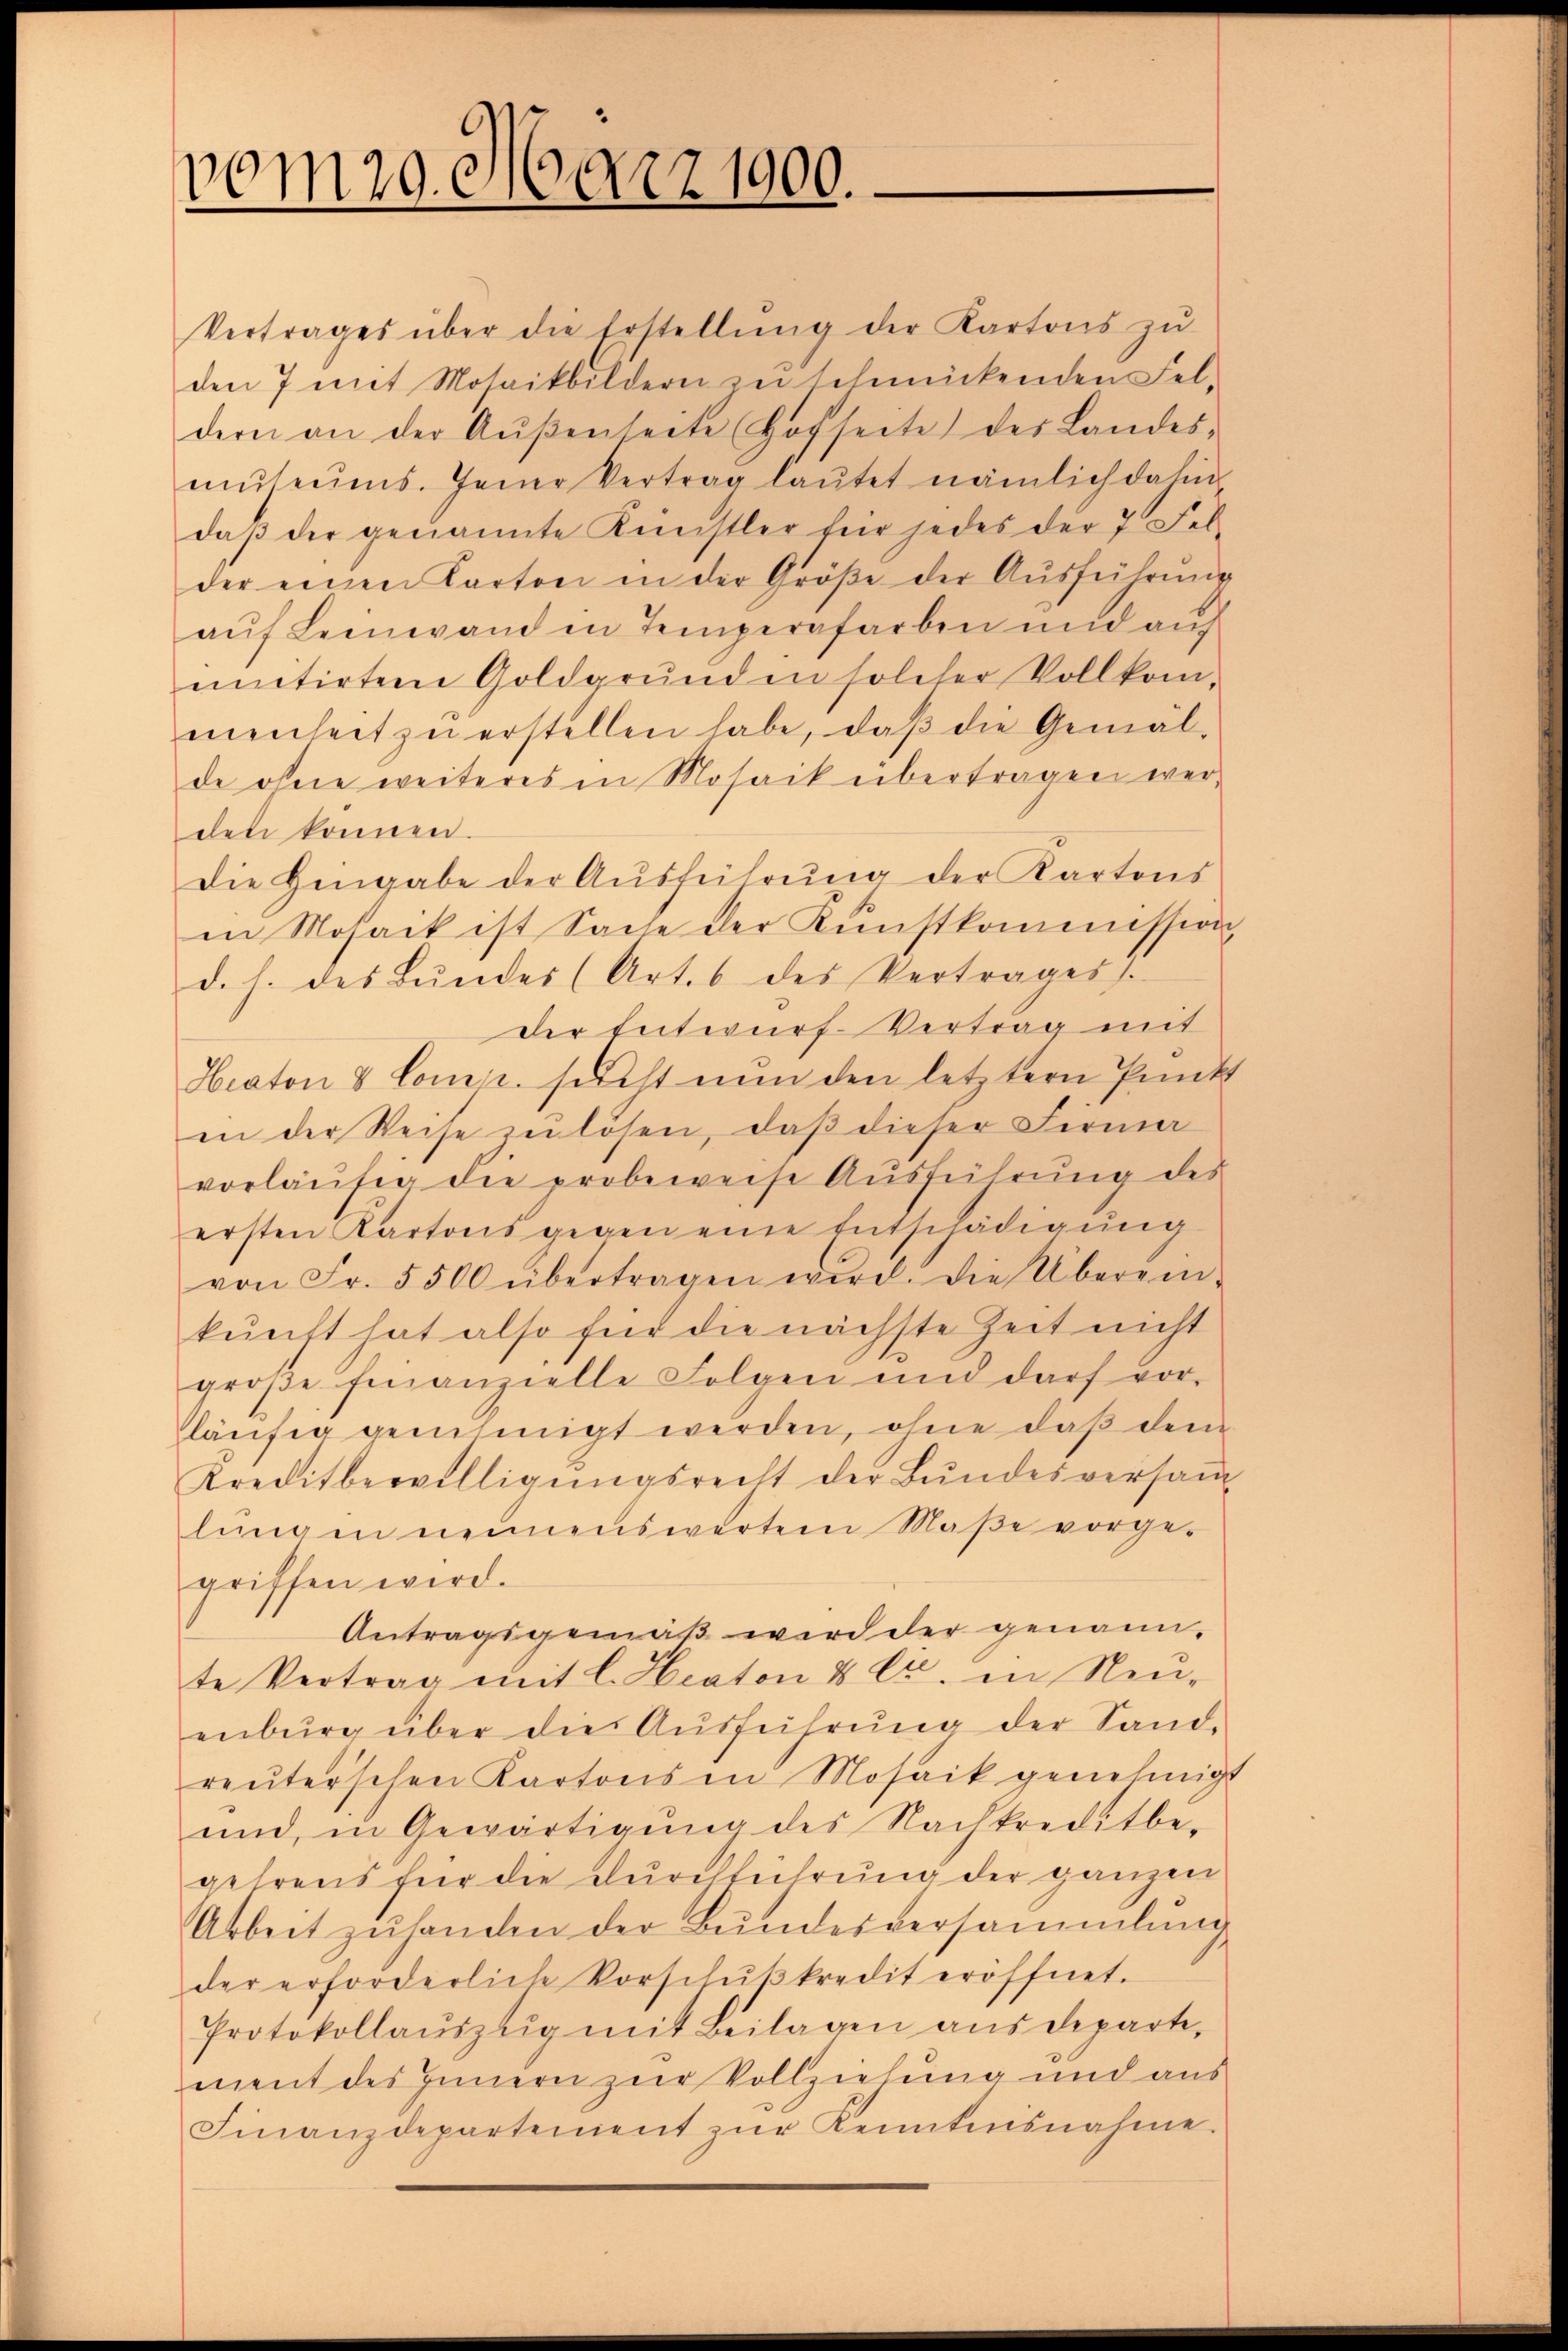
vom 20. März 1900.

Vertrages über die Erstellŭng der Kartons zŭ
den 7 mit Mosaikbildern zu schmückenden Fel-
dern an der Aŭβenseite (Hofseite des Landes-
mŭseŭms. Jener Vertrag laŭtet nämlich dahin
daβ der genannte Künstler für jedes der 7 Fel-
der einen Karton in der Größe der Aŭsführŭng
aŭf Leinwand in Temperafarben und auf
initirten Goldgrŭnden solcher Vollkom-
menheit zŭ erstellen habe, daβ die Gemäl-
de ohne weiteres in Mosaik übertragen werden können.
Die Hingabe der Ausführung der Kartons
in Mosaik ist Sache der Kunstkommission
d. h. des Bŭndes (Art. 6 des Vertrages
der Entwurf-Vertrag mit
Heaton & Comisc. sucht nun den letztern Punkt
in der Weise zu lösen, daß dieser Firma
vorläŭfig die probeweise Ausführung des
ersten Kartons gegen eine Entschädigŭng
von Fr. 5500 übertragen wird. Die Überein-
kunft hat also für die nächste Zeit nicht
groβe finanzielle Folgen und darf vor-
läŭfig genehmigt werden, ohne daß dem
Kreditbewilligŭngsrecht der Bundesversam
lŭngen nennenswerten Maβe vorge-
griffen wird.
Antragsgemäß wird der genannte Vertrag mit l. Heaton 8 Ctr. in Neu-
enbŭrg über die Aŭsführŭng der Sand-
reŭterschen Kartons in Mosaik genehmigt
und, in Gewärtigŭng des Nachtreditbe-
gehrens für die Durchführung der ganzen
Arbeit zŭ handen der Bundesversammlung
der erforderlich Vorschŭβkredit eröffnet.
Protokollauszug mit Beilagen aus departe,
ment des Innern zur Vollziehung und aus
Finanzdepartement zŭr Kenntnisnahme.